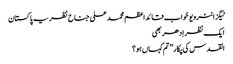
ٹیگزانٹرویو خواب قائداعظم محمد علی جناح نظریہ پاکستان
ایک نظر اِدھر بھی
القدس کی پکار ’’تم کہاں ہو؟